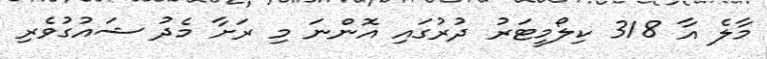
މާލެ އާ 318 ކިލޯމީޓަރު ދުރުގައި އޮންނަ މި ރަށާ މެދު ޝައުގުވެރި